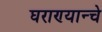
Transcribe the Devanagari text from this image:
घराण्यान्चे